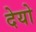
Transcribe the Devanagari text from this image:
देयो